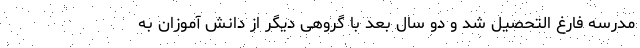
مدرسه فارغ التحصیل شد و دو سال بعد با گروهی دیگر از دانش آموزان به